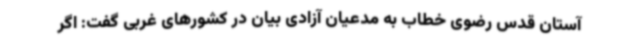
آستان قدس رضوی خطاب به مدعیان آزادی بیان در کشورهای غربی گفت: اگر